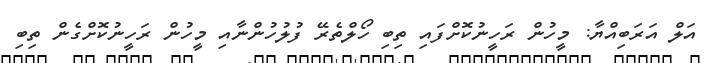
އަލް އަރަބިއްޔާ: މީހުން ރަހީނުކޮށްފައި ތިބި ހޯލްތެރޭ ފުލުހުންނާއި މީހުން ރަހީނުކޮށްގެން ތިބި